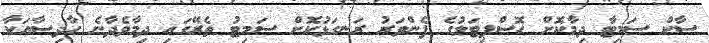
ސާކް ސަމިޓާ ދިމާކޮށް ހޮސްޕިޓަލުގެ ފެންވަރު ރަނގަޅުކޮށް ސަމިޓު ތެރޭގައި ދިމާވެދާނެ ހާދިސާއަކާ